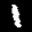
Label: 1